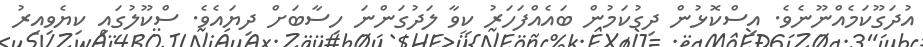
އުދަގޫކަމެއްނޫނެވެ. އިސްކޮޅުން ދިގުކަމުން ބައެއްފަހަރު ކީވާ ލަދުގަންނަ ހިސާބަށް ދިޔައެވެ. ސްކޫލުގައި ކިޔެވިއިރު